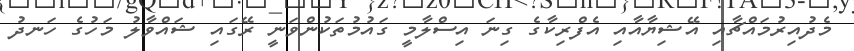
މެދުއިރުމައްޗާއި އޭޝިޔާއާއި އެފްރިކާގެ ގިނަ އިސްލާމީ ގައުމުތަކުންވަނީ ރޭގައި ޝައްވާލު މަހުގެ ހަނދު